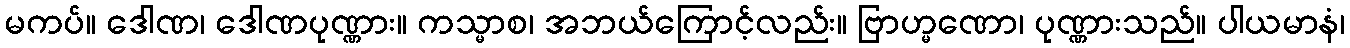
မကပ်။ ဒေါဏ၊ ဒေါဏပုဏ္ဏား။ ကသ္မာစ၊ အဘယ်ကြောင့်လည်း။ ဗြာဟ္မဏော၊ ပုဏ္ဏားသည်။ ပါယမာနံ၊